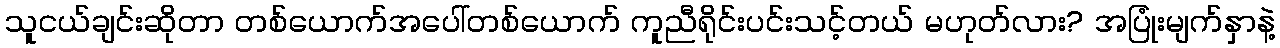
သူငယ်ချင်းဆိုတာ တစ်ယောက်အပေါ်တစ်ယောက် ကူညီရိုင်းပင်းသင့်တယ် မဟုတ်လား? အပြုံးမျက်နှာနဲ့